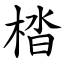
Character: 㭼